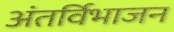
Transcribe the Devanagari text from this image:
अंतर्विभाजन